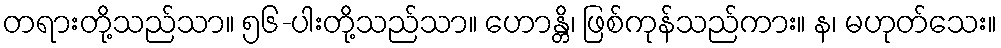
တရားတို့သည်သာ။ ၅၆-ပါးတို့သည်သာ။ ဟောန္တိ၊ ဖြစ်ကုန်သည်ကား။ န၊ မဟုတ်သေး။